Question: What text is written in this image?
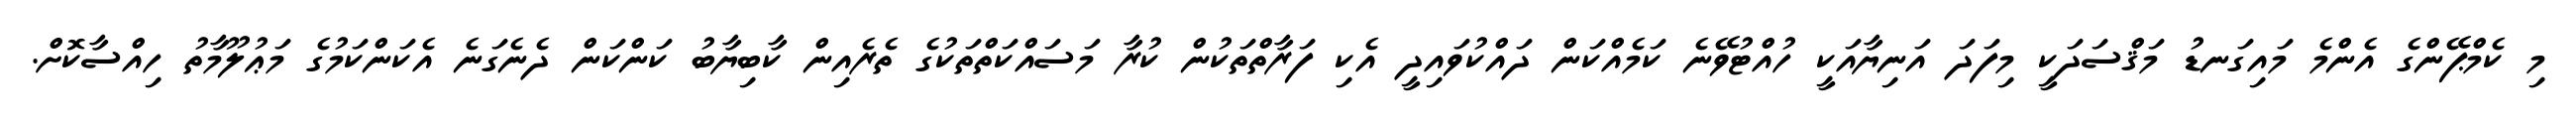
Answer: މި ކެމްޕޭންގެ އެންމެ މައިގަނޑު މަޤްސަދަކީ މިފަދަ އަނިޔާއަކީ ހުއްޓުވޭނެ ކަމެއްކަން ދައްކުވައިދީ އެކި ފަރާތްތަކުން ކުރާ މަސައްކަތްތަކުގެ ތެރެއިން ކާބިޔާބު ކަންކަން ދެނެގަނެ އެކަންކަމުގެ މަޢުލޫމާތު ހިއްސާކޮށް.